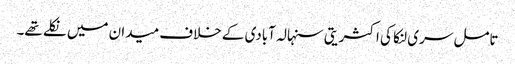
تامل سری لنکا کی اکثریتی سنہالہ آبادی کے خلاف میدان میں نکلے تھے۔